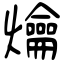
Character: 爚